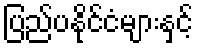
ပြည်ပနိုင်ငံများနှင့်